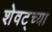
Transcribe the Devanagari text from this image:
शेवट्च्या